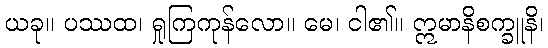
ယခု။ ပဿထ၊ ရှုကြကုန်လော။ မေ၊ ငါ၏။ ဣမာနိစက္ခူနိ၊